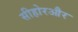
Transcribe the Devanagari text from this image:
सीहोरऔर